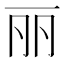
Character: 丽